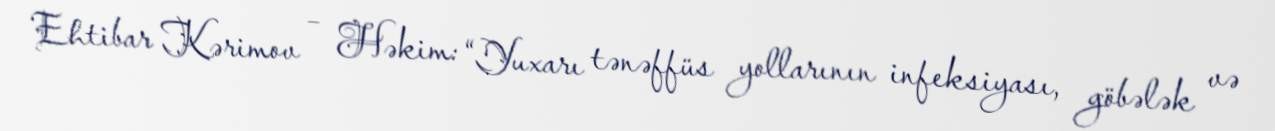
Ehtibar Kərimov – Həkim: “Yuxarı tənəffüs yollarının infeksiyası, göbələk və